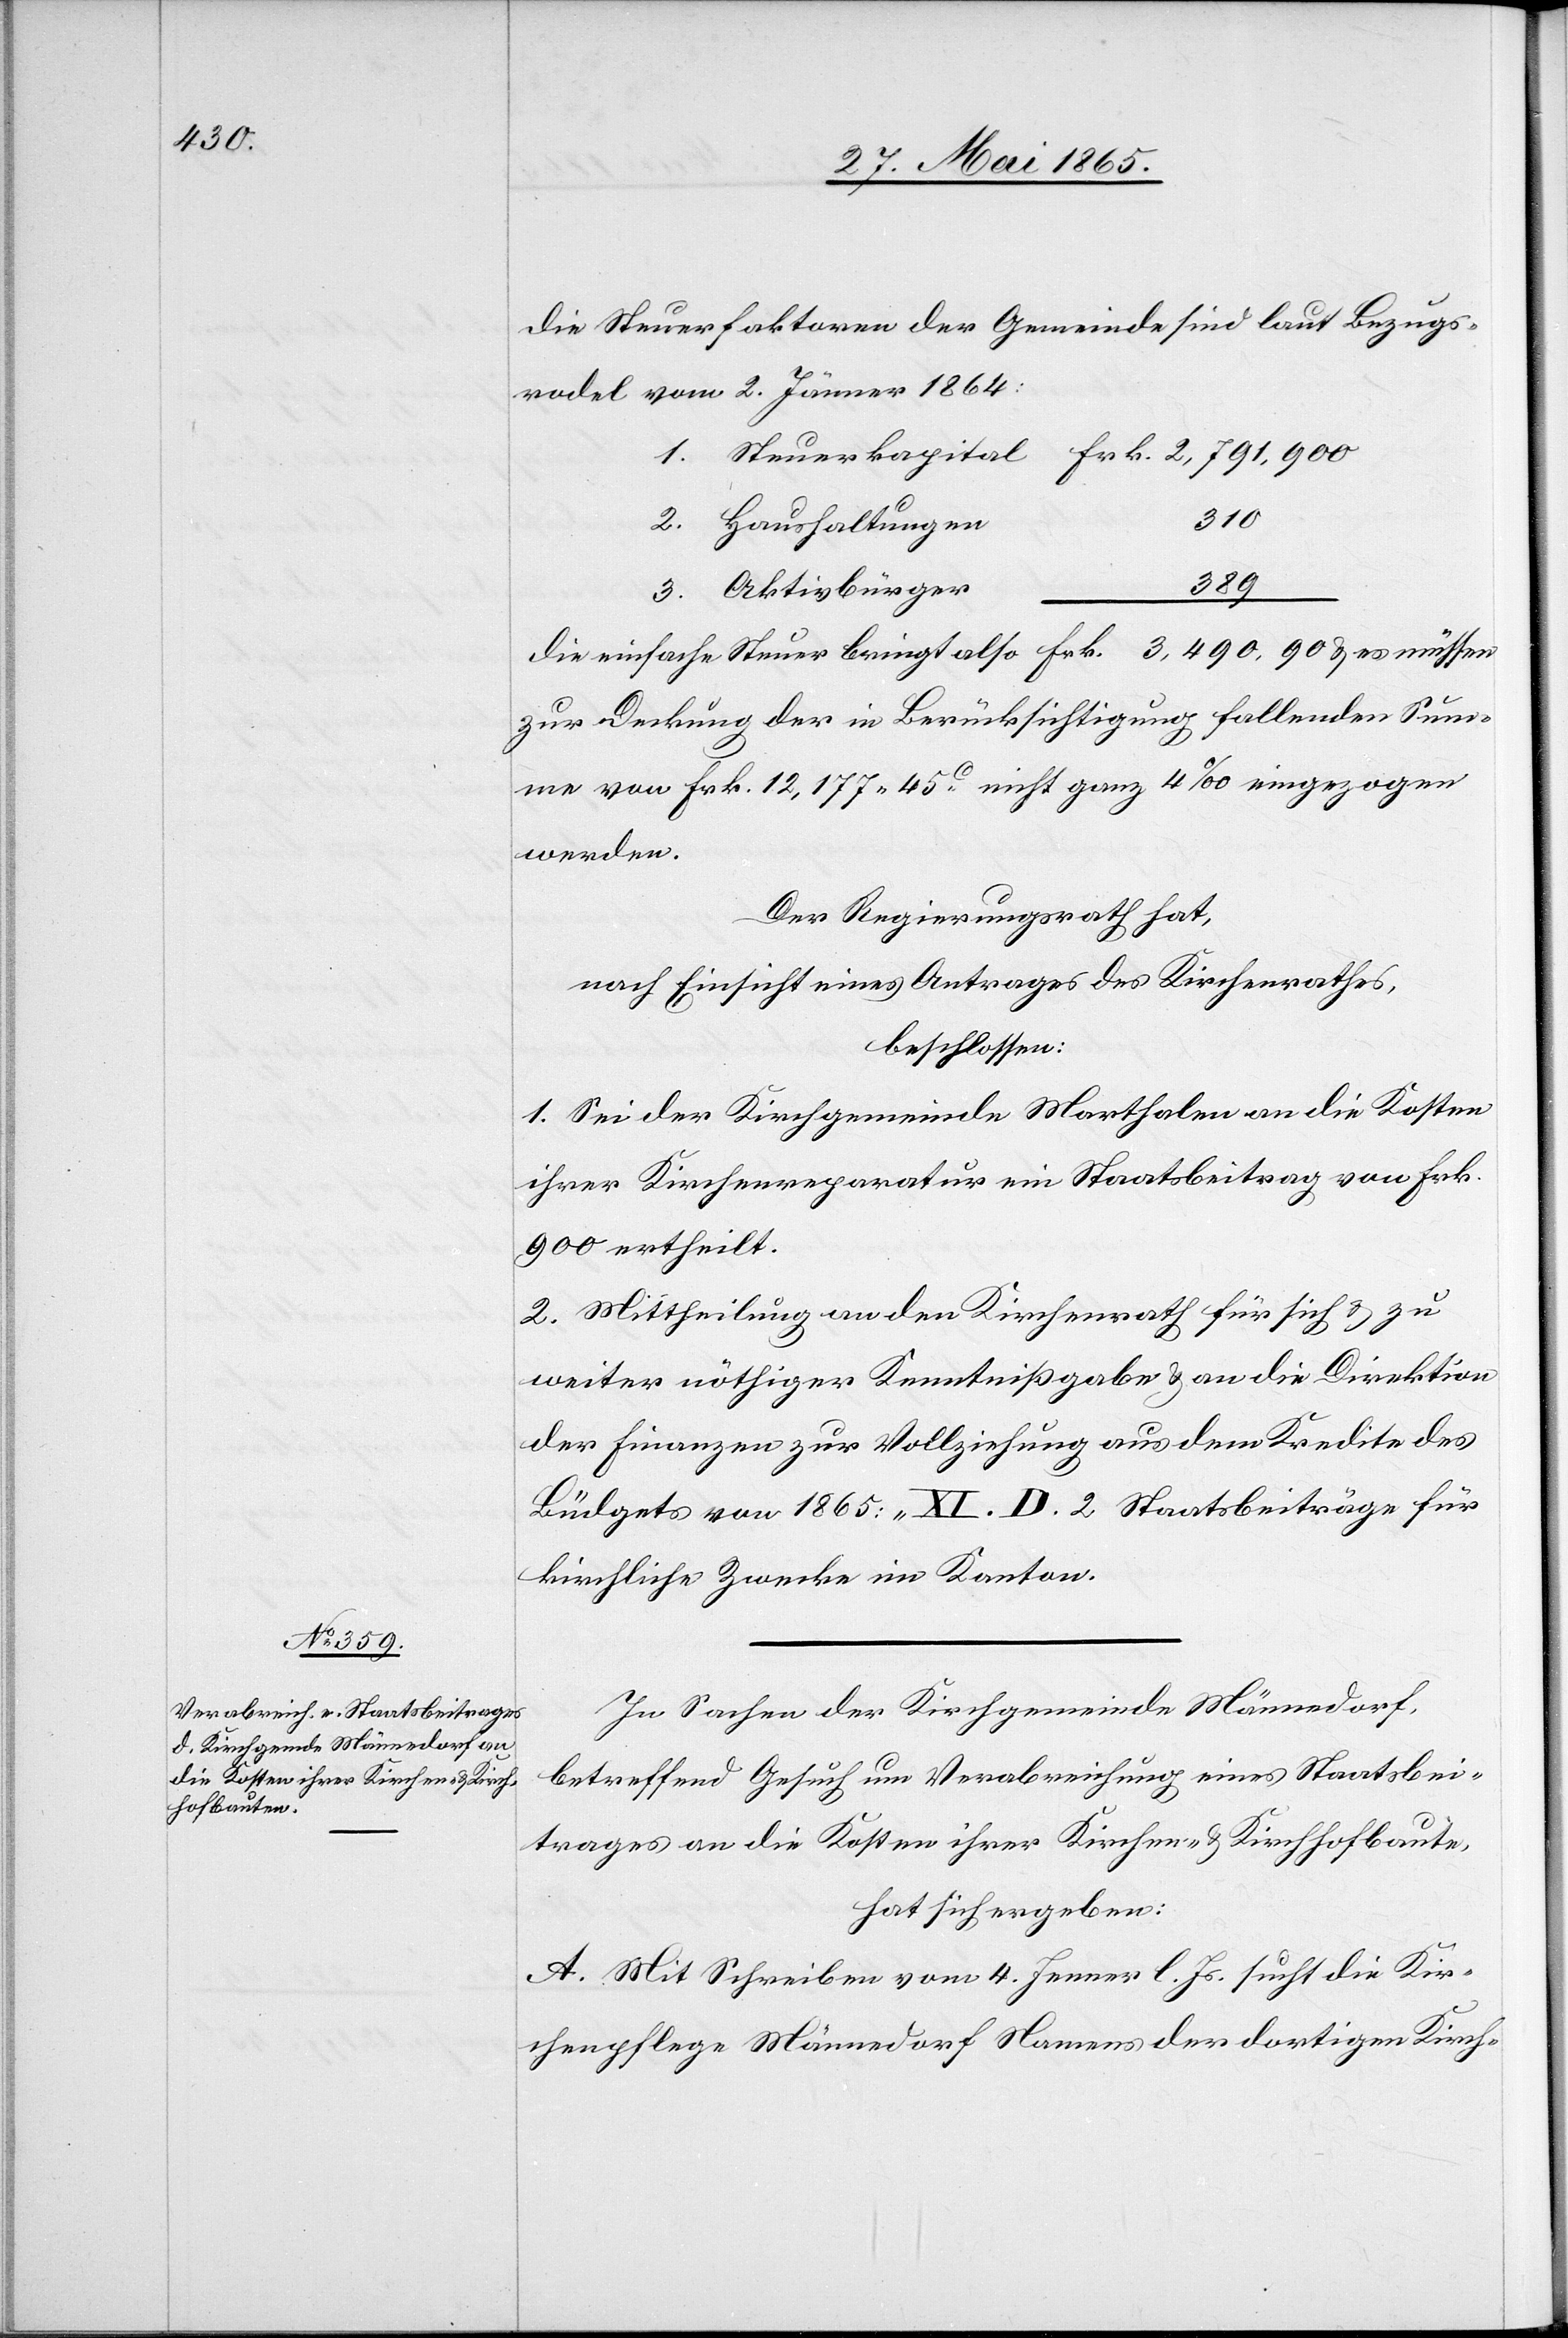
Die Steuerfaktoren der Gemeinde sind laut Bezugs¬
rodel vom 2. Jänner 1864:
3,490,
2. Haushaltungen
389
3. Aktivbürger
zur Deckung der in Berücksichtigung fallenden Sum¬
me von Frk. 12,177 45 C nicht ganz 4 ‰ eingezogen
werden.
Der Regierungsrath hat,
nach Einsicht eines Antrages des Kirchenrathes,
beschlossen:
1. Sei der Kirchgemeinde Marthalen an die Kosten
ihrer Kirchenreparatur ein Staatsbeitrag von Frk.
900 ertheilt.
2. Mittheilung an den Kirchenrath für sich & zu
weiter nöthiger Kenntnißgabe & an die Direktion
der Finanzen zur Vollziehung aus dem Kredite des
Büdgets von 1865: „XI. D. 2 Staatsbeiträge für
kirchliche Zwecke im Kanton[“].
In Sachen der Kirchgemeinde Männedorf,
betreffend Gesuch um Verabreichung eines Staatsbei¬
trages an die Kosten ihrer Kirchen- & Kirchhofbaute,
hat sich ergeben:
A. Mit Schreiben vom 4. Jenner l. Js. sucht die Kir¬
chenpflege Männedorf Namens der dortigen Kirch-